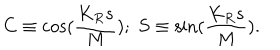
LaTeX: C \equiv \cos ( \frac { K _ { R } s } { M } ) ; \; S \equiv \sin ( \frac { K _ { R } s } { M } ) .